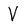
Character: V